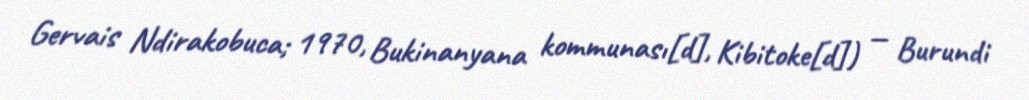
Gervais Ndirakobuca; 1970, Bukinanyana kommunası[d], Kibitoke[d]) — Burundi